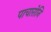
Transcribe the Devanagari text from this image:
पाचारोनि